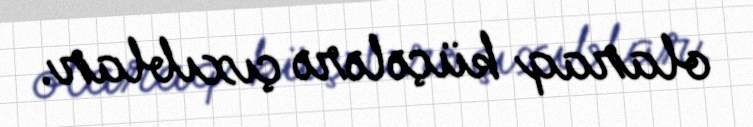
olaraq küçələrə çıxıblar.